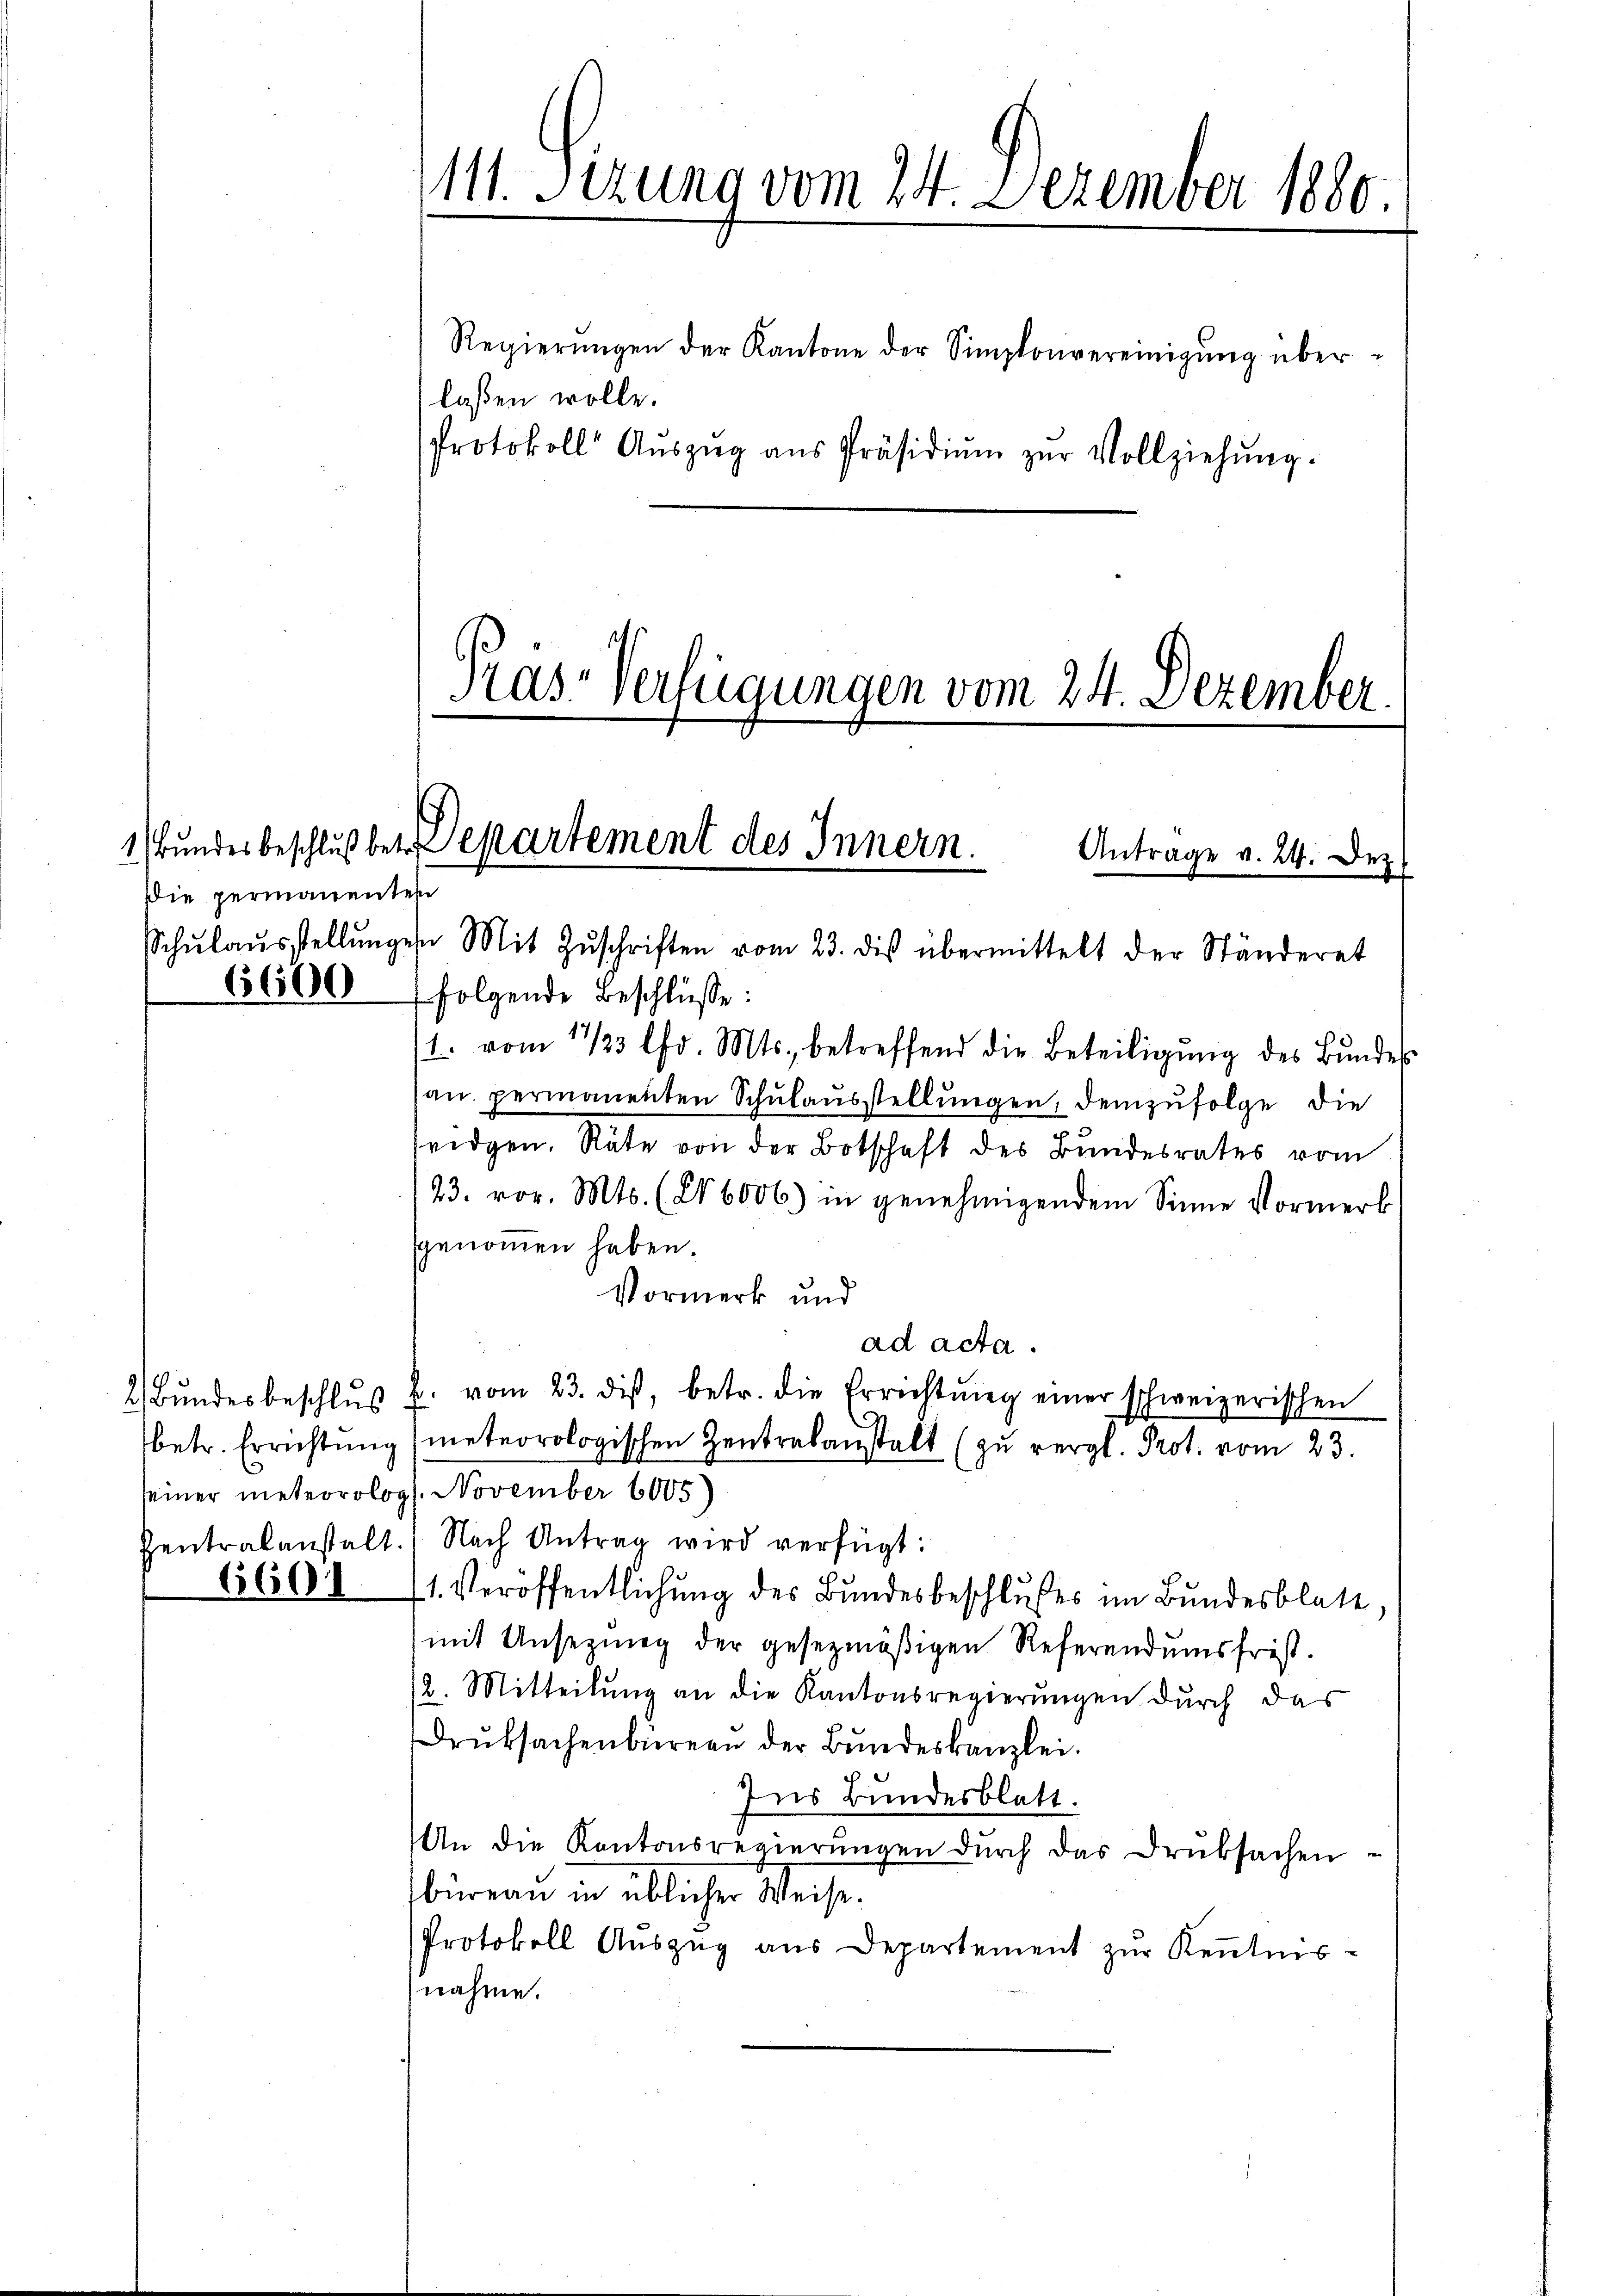
Die permanenten
6600

6601

111. Sizung vom 24. Dezember 1880.

Regierŭngen der Kantone der Simplonvereinigŭng über-
Protokoll Aŭszŭg ans Präsidiŭm zŭr Vollziehŭng.

Pras-Verfügungen vom 24. Dezember
1 Bundesbeschluß betr. Departement des Innern.
Antrage v. 24. Dez.
Schŭlaŭsstellŭngen Mit Zŭschriften vom 23. dis übermittelt der Ständeret

lassen wolle.

folgende Beschlüsse:
1. vom 17/3 lfd. Mts., betreffend die Beteiligŭng des Bundes
san. permanenten Schulausstellungen, demzufolge die
ridgen. Räte von der Botschaft des Bundesrates vom
123. vor. Mts. (286006) in genehmigendem Sinne Vormerk
fgenommen haben.
Vormerk und
ad acta.
2 Bŭndesbeschlŭβ u. vom 23. dis, betr. die Errichtŭng einer schweizerischen
.
betr. Errichtŭng (meteorologischen Zentrakanstalt (zŭ vergl. Prot. vom 23.
seiner meteorolog. November 6005)
Pentralanstalt. Nach Antrag wird verfügt:
1. Veröffentlichung des Bundesbeschlußes im Bundesblatt,
mit Unsezung der gesezmäßigen Referendumsfrist.
12. Mitteilung an die Kantonsregierungen durch das
Druksachenbüreau der Bundeskanzlei.
Ins Bundesblatt.
An die Kantonsregierŭngen dŭrch das Druksachen
büreau in üblicher Weise.
Protokoll Auszug aus Departement zŭr Kenntnis-
nahme.